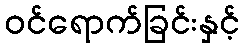
ဝင်ရောက်ခြင်းနှင့်